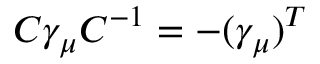
C \gamma _ { \mu } C ^ { - 1 } = - ( \gamma _ { \mu } ) ^ { T }